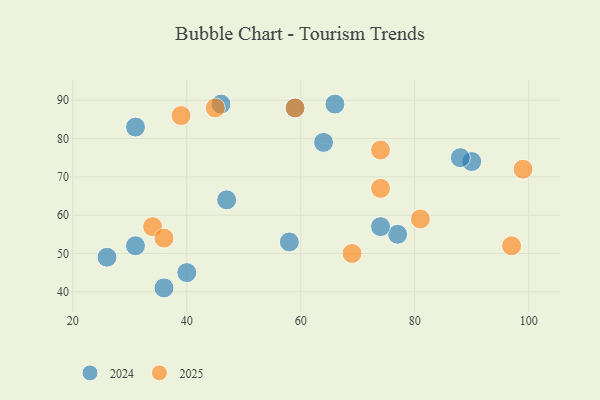
{"axis": {"x": "GDP", "y": "Life Expectancy"}, "legend": ["2024", "2025"], "data": [{"x": "31", "y": 52, "type": "2024"}, {"x": "64", "y": 79, "type": "2024"}, {"x": "90", "y": 74, "type": "2024"}, {"x": "58", "y": 53, "type": "2024"}, {"x": "46", "y": 89, "type": "2024"}, {"x": "77", "y": 55, "type": "2024"}, {"x": "59", "y": 88, "type": "2024"}, {"x": "31", "y": 83, "type": "2024"}, {"x": "36", "y": 41, "type": "2024"}, {"x": "26", "y": 49, "type": "2024"}, {"x": "88", "y": 75, "type": "2024"}, {"x": "74", "y": 57, "type": "2024"}, {"x": "40", "y": 45, "type": "2024"}, {"x": "66", "y": 89, "type": "2024"}, {"x": "47", "y": 64, "type": "2024"}, {"x": "99", "y": 72, "type": "2025"}, {"x": "74", "y": 77, "type": "2025"}, {"x": "34", "y": 57, "type": "2025"}, {"x": "59", "y": 88, "type": "2025"}, {"x": "36", "y": 54, "type": "2025"}, {"x": "45", "y": 88, "type": "2025"}, {"x": "69", "y": 50, "type": "2025"}, {"x": "81", "y": 59, "type": "2025"}, {"x": "74", "y": 67, "type": "2025"}, {"x": "97", "y": 52, "type": "2025"}, {"x": "39", "y": 86, "type": "2025"}]}